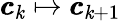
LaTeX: \pmb{c}_{\mathit{k}}\mapsto\pmb{c}_{\mathit{k}+1}